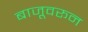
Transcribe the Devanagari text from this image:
बाजूवरून